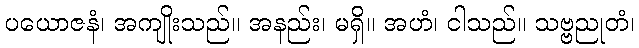
ပယောဇနံ၊ အကျိုးသည်။ အနည်း၊ မရှိ။ အဟံ၊ ငါသည်။ သဗ္ဗညုတံ၊